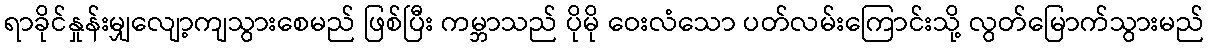
ရာခိုင်နှုန်းမျှလျော့ကျသွားစေမည် ဖြစ်ပြီး ကမ္ဘာသည် ပိုမို ဝေးလံသော ပတ်လမ်းကြောင်းသို့ လွတ်မြောက်သွားမည်